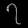
Digit: ၇